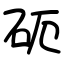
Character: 砈